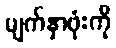
မျက်နှာဖုံးကို